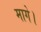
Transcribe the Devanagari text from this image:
मागे।